Document type: Sale
Year: 1439
Scribe: Arnau d'Illes
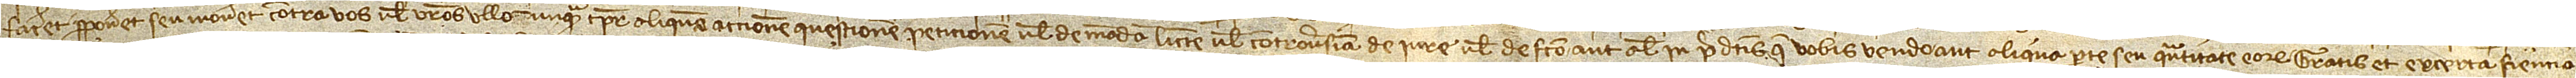
faceret, proponeret seu moveret contra vos vel vestros ullo unquam tempore aliquem accionem, questionem, peticionem vel demandam, littem vel controversiam, de iure vel de facto, aut alias in predictis que vobis vendo, aut aliqua parte seu quantitate eorum, gratis et ex certa sciencia